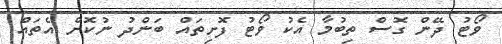
ވޯޓު ދޭން ގޮސް ތިބުމާ އެކު ވޯޓު ފޮށިތައް ބަންދު ނުކޮށް އެތައް